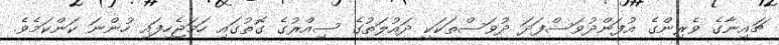
ޗައިނާގެ ވެރިންގެ އުފަންދުވަސްފަދަ ދުވަސްތަކަކީ ދައުލަތުގެ ސިއްރުގެ ގޮތުގައި ހަމަޖެހިފައި ހުންނަ ކަންކަމެވެ.